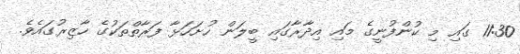
11:30 ގައި މި ކުންފުނީގެ މައި އިދާރާގައި ބީލަން ހުށަހަޅާ ފަރާތްތަކުގެ ހާޒިރުގައެވެ.